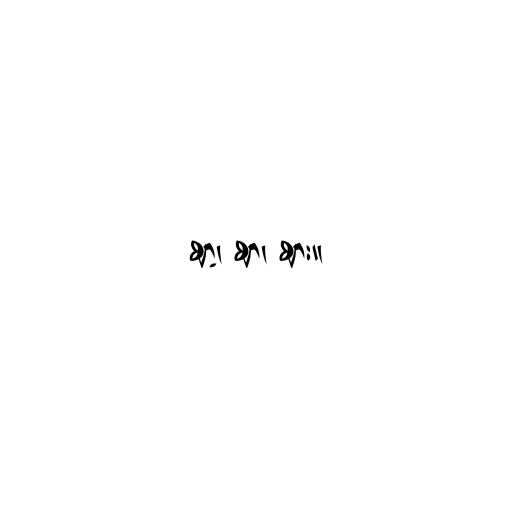
ဈာ့၊ ဈာ၊ ဈား။